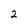
Character: 2